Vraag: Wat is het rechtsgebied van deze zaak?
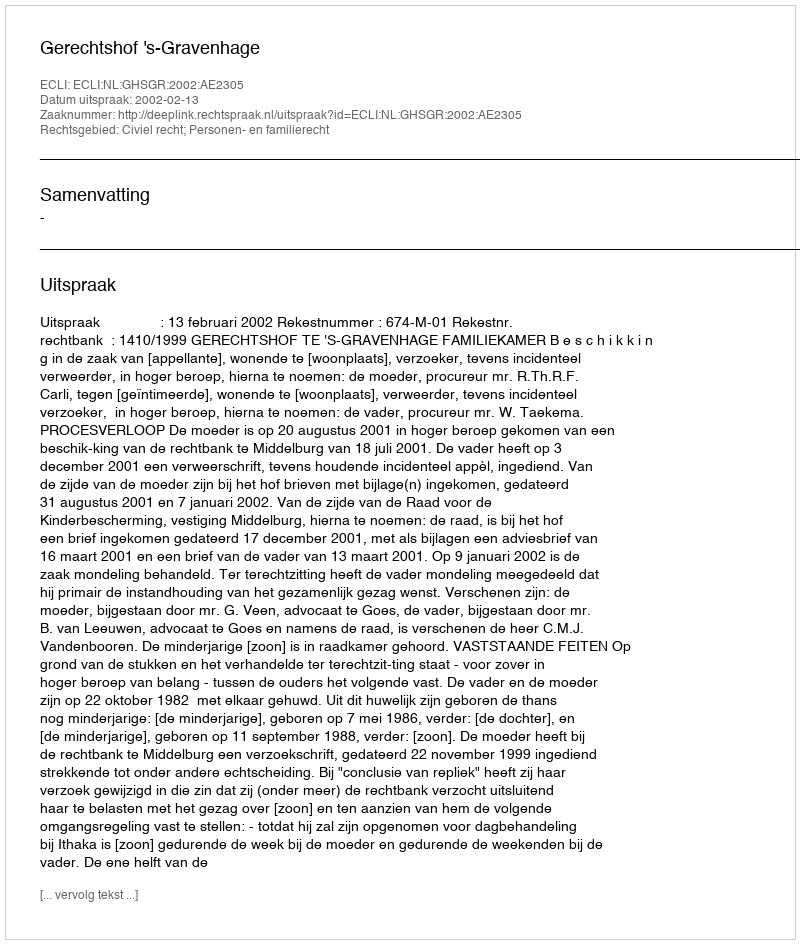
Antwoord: Civiel recht; Personen- en familierecht